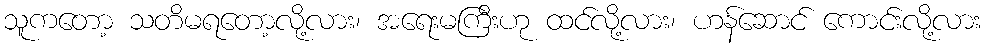
သူကတော့ သတိမရတော့လို့လား၊ အရေးမကြီးဟု ထင်လို့လား၊ ဟန်ဆောင် ကောင်းလို့လား